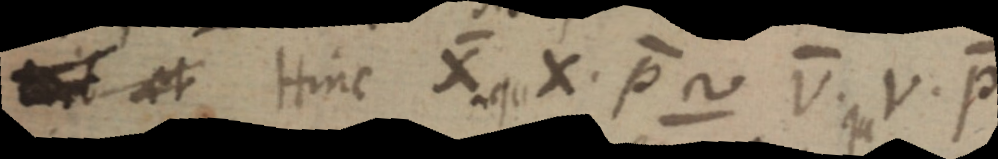
_ et Hinc X qu X. P ~ V. qu V. P